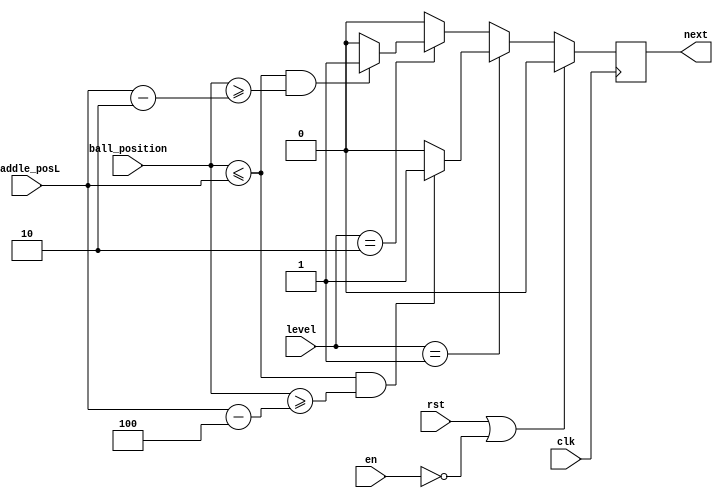
`timescale 1ns / 1ps
module get_point (next, paddle_posL, ball_position, level, clk, rst, en);
    output reg next;
    input [3:0] paddle_posL, ball_position;
    input [1:0] level;
    input clk, rst, en;

    always @(posedge clk) begin
        if (rst || ~en) begin
            next = 1'b0;
        end
        else if (level == 2'b01) begin
            if ((ball_position <= paddle_posL) && (ball_position >= paddle_posL-4'd4)) begin
                next = 1'b1;
            end
            else begin
                next = 1'b0;
            end
        end
        else if (level == 2'b10) begin
            if ((ball_position <= paddle_posL) && (ball_position >= paddle_posL-4'd2)) begin
                next = 1'b1;
            end
            else begin
                next = 1'b0;
            end
        end
        else begin
            next = 1'b0;
        end
    end
endmodule